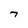
Character: 7